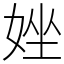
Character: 㛗